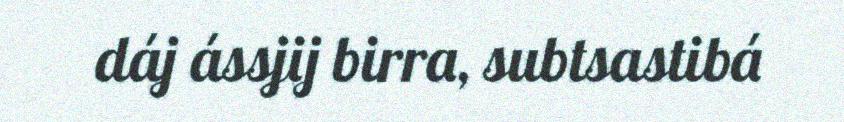
dáj ássjij birra, subtsastibá